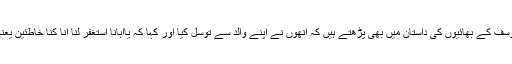
ہم جناب یوسف کے بھائیوں کی داستان میں بھی پڑھتے ہیں کہ انھوں نے اپنے والد سے توسل کیا اور کہا کہ یاابانا استغفر لنا انا کنا خاطئین یعنی اے بابا!